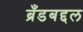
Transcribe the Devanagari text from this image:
ब्रँडबद्दल